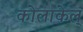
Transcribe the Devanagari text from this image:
कोलाकेल्